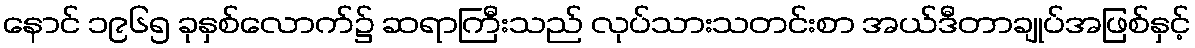
နောင် ၁၉၆၅ ခုနှစ်လောက်၌ ဆရာကြီးသည် လုပ်သားသတင်းစာ အယ်ဒီတာချုပ်အဖြစ်နှင့်